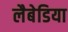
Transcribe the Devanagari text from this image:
लैबेडिया